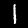
Label: 1